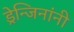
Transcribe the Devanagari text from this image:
ड्रेन्जिनांनी